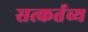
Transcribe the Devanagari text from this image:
सत्कर्तव्य